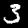
Label: 3